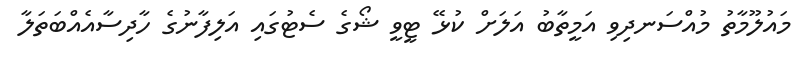
މައުލޫމާތު މުއްސަނދިވި އަމީތާބު އަލަށް ކުޅޭ ޓީވީ ޝޯގެ ސެޓުގައި އަލިފާނުގެ ހާދިސާއެއްބަތަލާ